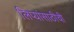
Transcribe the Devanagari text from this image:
लिप्यांसाठीची